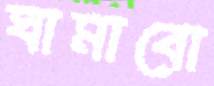
ঘামাবো